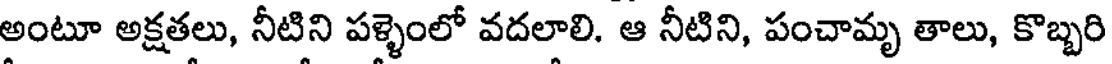
అంటూ అక్షతలు, నీటిని పళ్ళెంలో వదలాలి. ఆ నీటిని, పంచామృ తాలు, కొబ్బరి